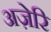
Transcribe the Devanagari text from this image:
अज़ेरि